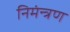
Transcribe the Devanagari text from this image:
निमंन्त्रण